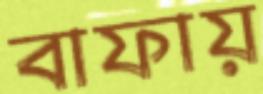
বাফায়